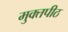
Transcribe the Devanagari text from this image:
मुक्‍तपीठ